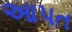
આપત